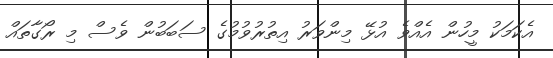
އެކަމަކު މީހުން އެއްވެ އުޅޭ މިންވަރު އިތުރުވުމުގެ ސަބަބުން ވެސް މި ރޯގާތައް